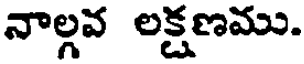
నాల్గవ లక్షణము.